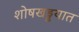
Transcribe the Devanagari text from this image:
शोषखड्डयात